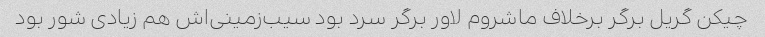
چیکن گریل برگر برخلاف ماشروم لاور برگر سرد بود سیب‌زمینی‌اش هم زیادی شور بود